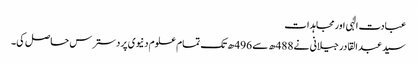
عبادت الٰہی اورمجاہدات
سید عبد القادر جیلانی نے 488ھ سے 496ھ تک تمام علوم دنیوی پردسترس حاصل کی۔